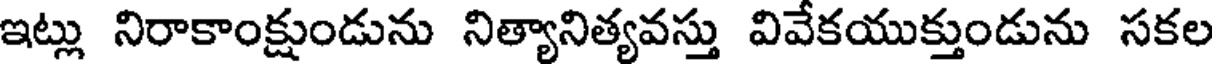
ఇట్లు నిరాకాంక్షుండును నిత్యానిత్యవస్తు వివేకయుక్తుండును సకల